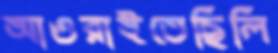
আওরাইতেছিলি